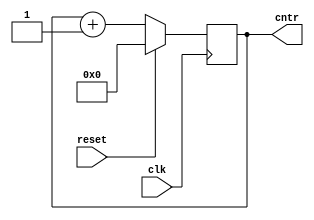
`timescale 1ns / 1ps
//////////////////////////////////////////////////////////////////////////////////
// Company: 
// Engineer: 
// 
// Design Name: 
// Module Name: clock
// Project Name: 
// Target Devices: 
// Tool Versions: 
// Description: 
// 
// Dependencies: 
// 
// Revision:
// Revision 0.01 - File Created
// Additional Comments:
// 
////////////////// ////////////////////////////////////////////////////////////////


module clock(input clk,reset,output reg [31:0]cntr);
always@(posedge clk)
begin
    if(reset)
        cntr <= 0;
    else
        cntr <= cntr + 1;
end
endmodule